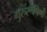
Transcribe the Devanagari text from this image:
गुरुरूपिणे